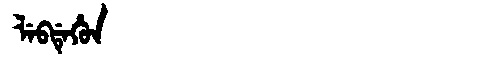
Manchu: ᠯᡝᠪᡩᡝᡥᡠᠨ
Romanization: LEBDEHUN